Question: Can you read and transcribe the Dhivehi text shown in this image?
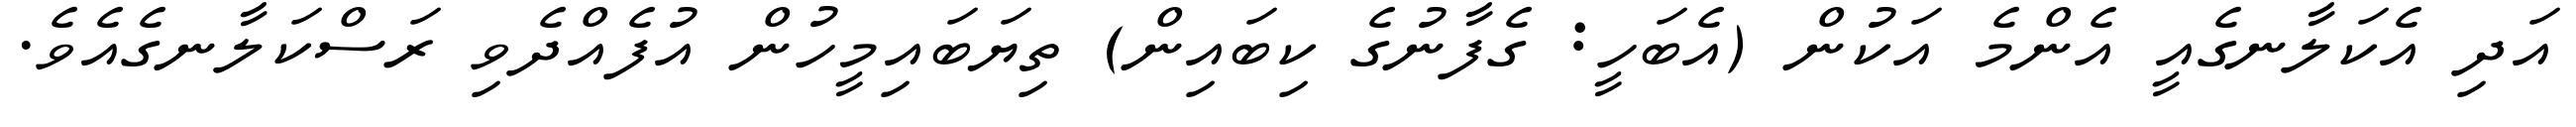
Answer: އަދި އެކަލާނގެއީ އެންމެ އަކުން (އެބަހީ: ގެފާނުގެ ކިބައިން) ތިޔަބައިމީހުން އުފެއްދެވި ރަސްކަލާނގެއެވެ.